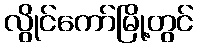
လွိုင်ကော်မြို့တွင်